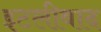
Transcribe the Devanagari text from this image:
इटलीवाद